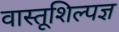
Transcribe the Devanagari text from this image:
वास्तूशिल्पज्ञ